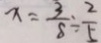
x = \frac { 3 } { 8 } \div \frac { 2 } { 5 }